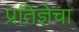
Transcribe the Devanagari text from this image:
प्रतिज्ञेचा